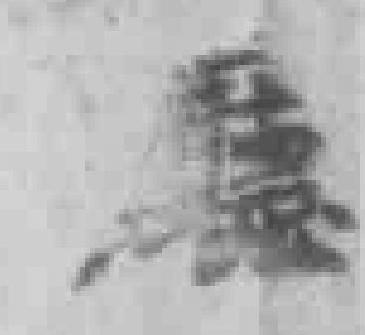
廳